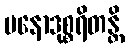
မနောဒုစ္စရိတန္တိ